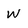
Character: w